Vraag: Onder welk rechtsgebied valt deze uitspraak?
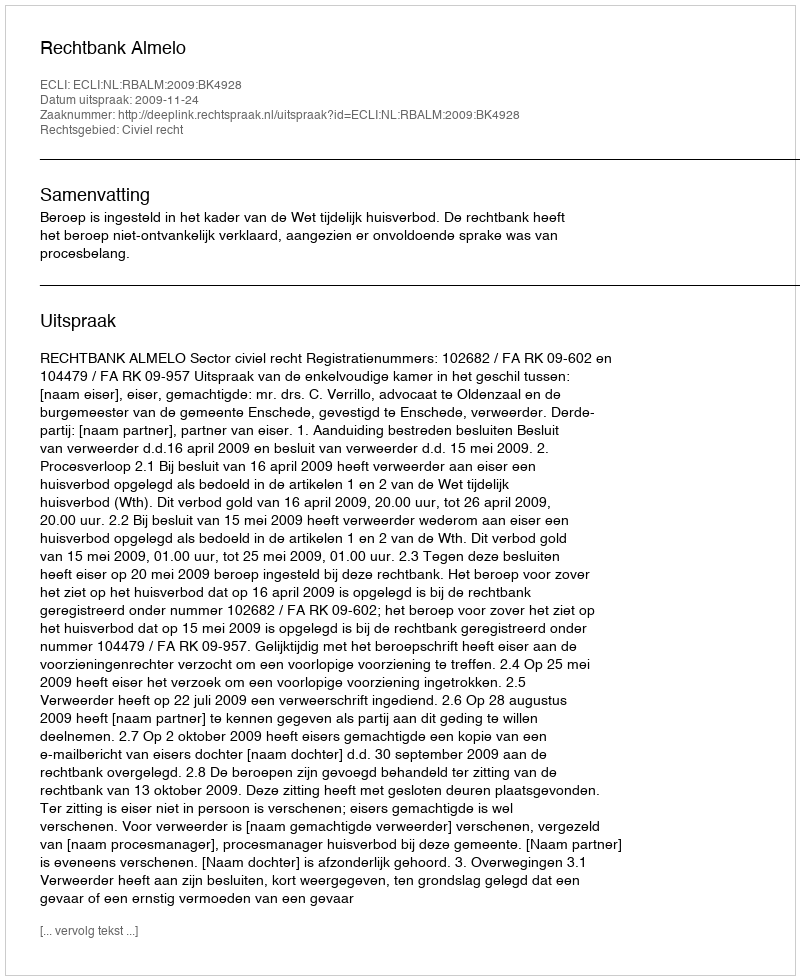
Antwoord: Civiel recht